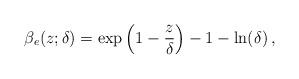
LaTeX: \begin{align*} \beta_e(z;\delta)=\exp\left(1-\dfrac{z}{\delta}\right)-1-\ln(\delta) \, ,\end{align*}